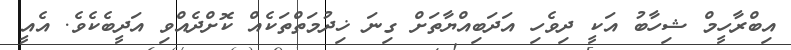
އިބްރާހީމް ޝިހާބު އަކީ ދިވެހި އަދަބިއްޔާތަށް ގިނަ ޚިދުމަތްތަކެއް ކޮށްދެއްވި އަދީބެކެވެ. އެއީ